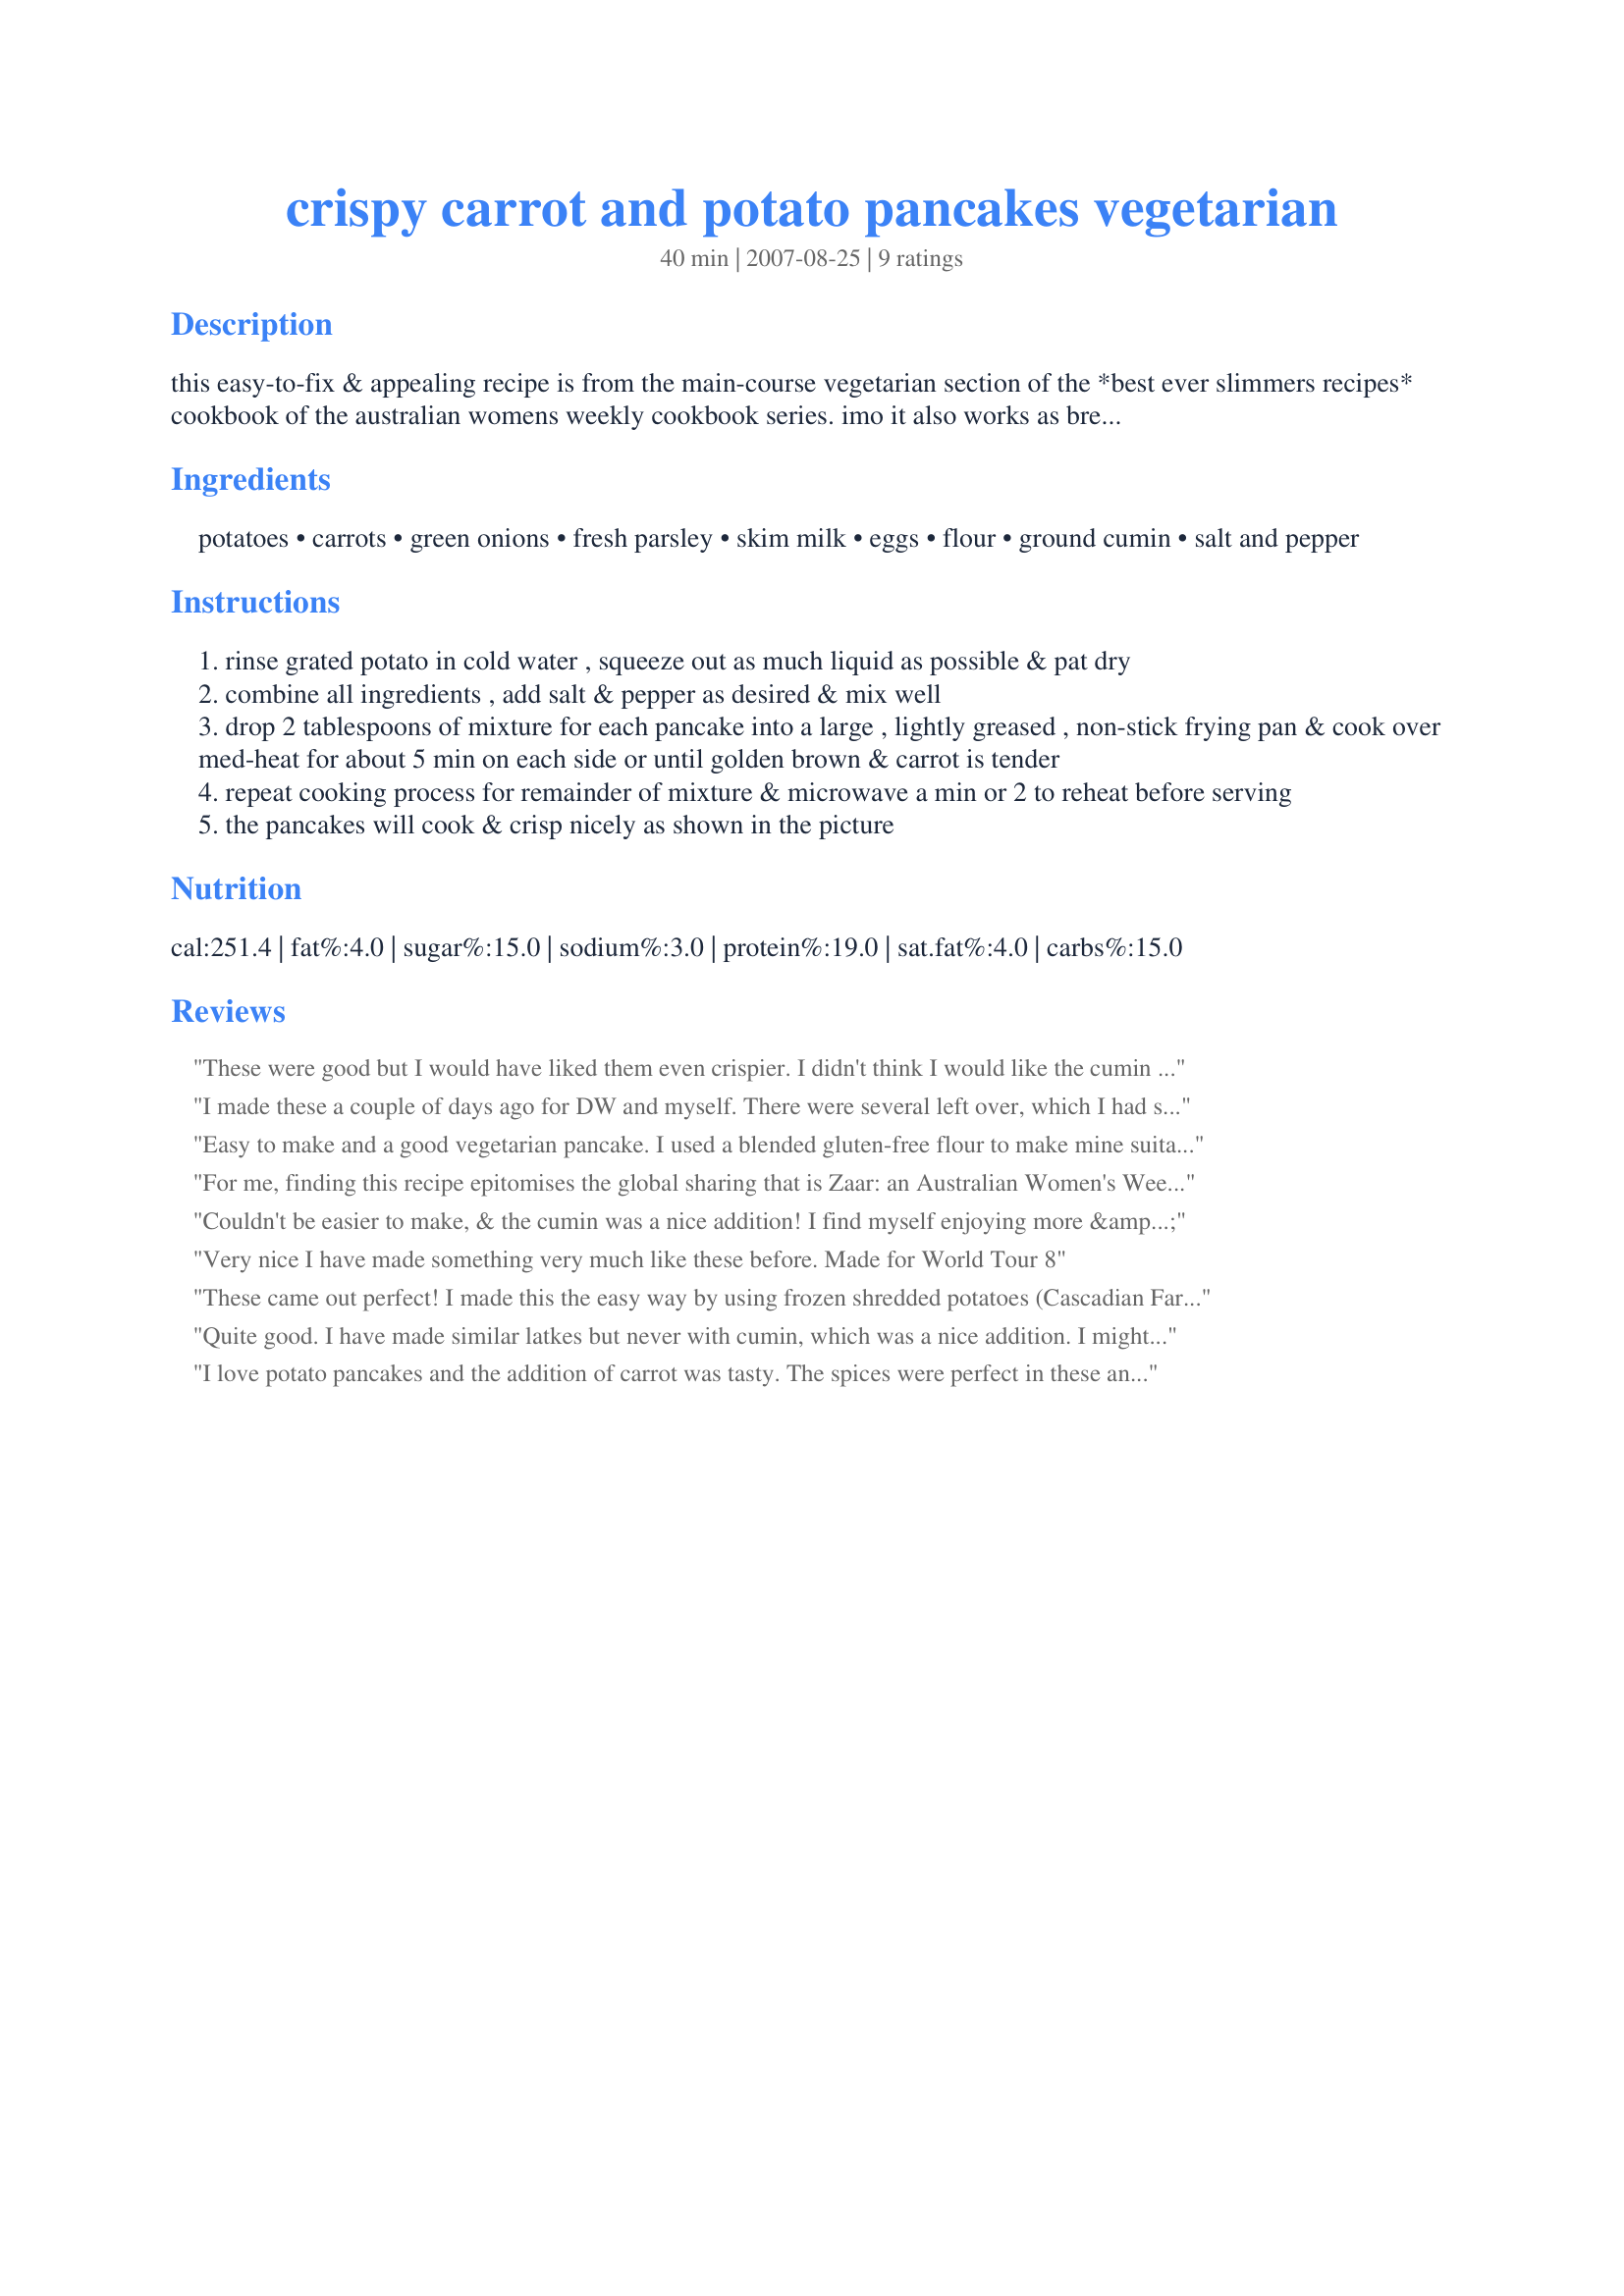
crispy carrot and potato pancakes vegetarian
Preparation time: 40 minutes

this easy-to-fix & appealing recipe is from the main-course vegetarian section of the *best ever slimmers recipes* cookbook of the australian womens weekly cookbook series. imo it also works as breakfast or brunch fare served w/fruit or as an excellent side-dish to combine the veggie & potato parts of a meal. i made them as a side-dish to leg of lamb & the yield was exactly as stated. we tasted them plain, buttered & w/a dollop of sour cream - all excellent! for an extra *carrot kick* , try pairing them w/my recipe #245728. *enjoy* !

Ingredients:
potatoes, carrots, green onions, fresh parsley, skim milk, eggs, flour, ground cumin, salt and pepper

Steps:
rinse grated potato in cold water , squeeze out as much liquid as possible & pat dry
combine all ingredients , add salt & pepper as desired & mix well
drop 2 tablespoons of mixture for each pancake into a large , lightly greased , non-stick frying pan & cook over med-heat for about 5 min on each side or until golden brown & carrot is tender
repeat cooking process for remainder of mixture & microwave a min or 2 to reheat before serving
the pancakes will cook & crisp nicely as shown in the picture

Reviews:
These were good but I would have liked them even crispier. I didn't think I would like the cumin but I did! Good cakes :)
I made these a couple of days ago for DW and myself. There were several left over, which I had scheduled for another meal. DS and DD got into the left-overs, and everything was gone, so I am having (twist my arm!!) to make another batch for supper tonight.
Obviously, everyone loved them!! I added a bit more (3x) cumin, but we love that spice, so it was kinda natural to elevate the level, otherwise I made the recipe as it it written. I used 1/3C of batter for each pancake, made two at a time in the fry-pan and cooked a little longer since my pancakes were bigger, and everything was perfect. This is a great side dish for many meats (tonight it's chicken sausage) and also works well with a dahl or other kind of vegetarian protein dish.
Thanks!!
PJH
Easy to make and a good vegetarian pancake. I used a blended gluten-free flour to make mine suitable for my diet/lifestyle. Photo also to be posted. Reviewed for ZWT8 Australia/NZ region.
For me, finding this recipe epitomises the global sharing that is Zaar: an Australian Women's Weekly recipe boomeranged back to Australia via Ieland! ;) Loved these pancakes and the fact that they are so low in fat, so easy to make and SO, SO delicious. I minced the potatoes and carrots in my mini processor and added one leek (also minced) that needed to be used. The parsley, cumin and green onion provided a great blend of flavours that perfectly complemented the vegetables. We enjoyed these with baby spinach leaves, Karen=^..^='s Recipe #260025 and tzatziki. Thank you so much for posting this recipe, twissis! Made for Gimme 5, and certainly a recipe I look forward to making and enjoying again!.
Couldn't be easier to make, & the cumin was a nice addition! I find myself enjoying more & more of these kinds of vegetable patties! Thanks, much for sharing a recipe that's a KEEPER! [Tagged, made & reviewed in Healthy Choices ABC cooking game]
Very nice I have made something very much like these before. Made for World Tour 8
These came out perfect! I made this the easy way by using frozen shredded potatoes (Cascadian Farms, defrosted first) and a bag of shredded carrots from the produce section. Although the carrots were not finely shredded they cooked up just fine. I used cooking spray on a non-stick frying pan. Although mine didn't turn out as brown as those in other photos, the eggs were cooked well which is all that really mattered. I used about 1/4 cup for each pancake and I could cook 4 at a time. I also liked the microwave suggestion because one always worries about pancakes cooling off while the others are cooking.
Quite good. I have made similar latkes but never with cumin, which was a nice addition. I might even add more next time. Served this with grilled pork chops bt look forward to having these for breakfast next time. Made for Fall 2007 PAC.
I love potato pancakes and the addition of carrot was tasty. The spices were perfect in these and gave them the perfect flavor. Made for ZWT8.
